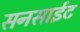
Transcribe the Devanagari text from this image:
सनसाईट